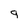
Character: q